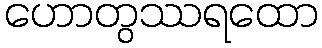
ဟောတွဿရထော